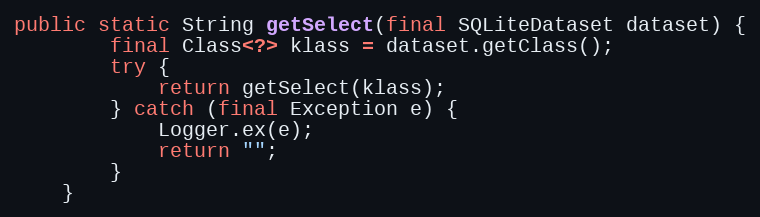
Language: Java
public static String getSelect(final SQLiteDataset dataset) {
		final Class<?> klass = dataset.getClass();
		try {
			return getSelect(klass);
		} catch (final Exception e) {
			Logger.ex(e);
			return "";
		}
	}